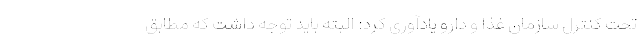
تحت کنترل سازمان غذا و دارو یادآوری کرد: البته باید توجه داشت که مطابق